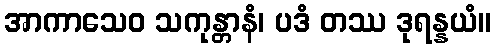
အာကာသေဝ သကုန္တာနံ၊ ပဒံ တဿ ဒုရန္နယံ။